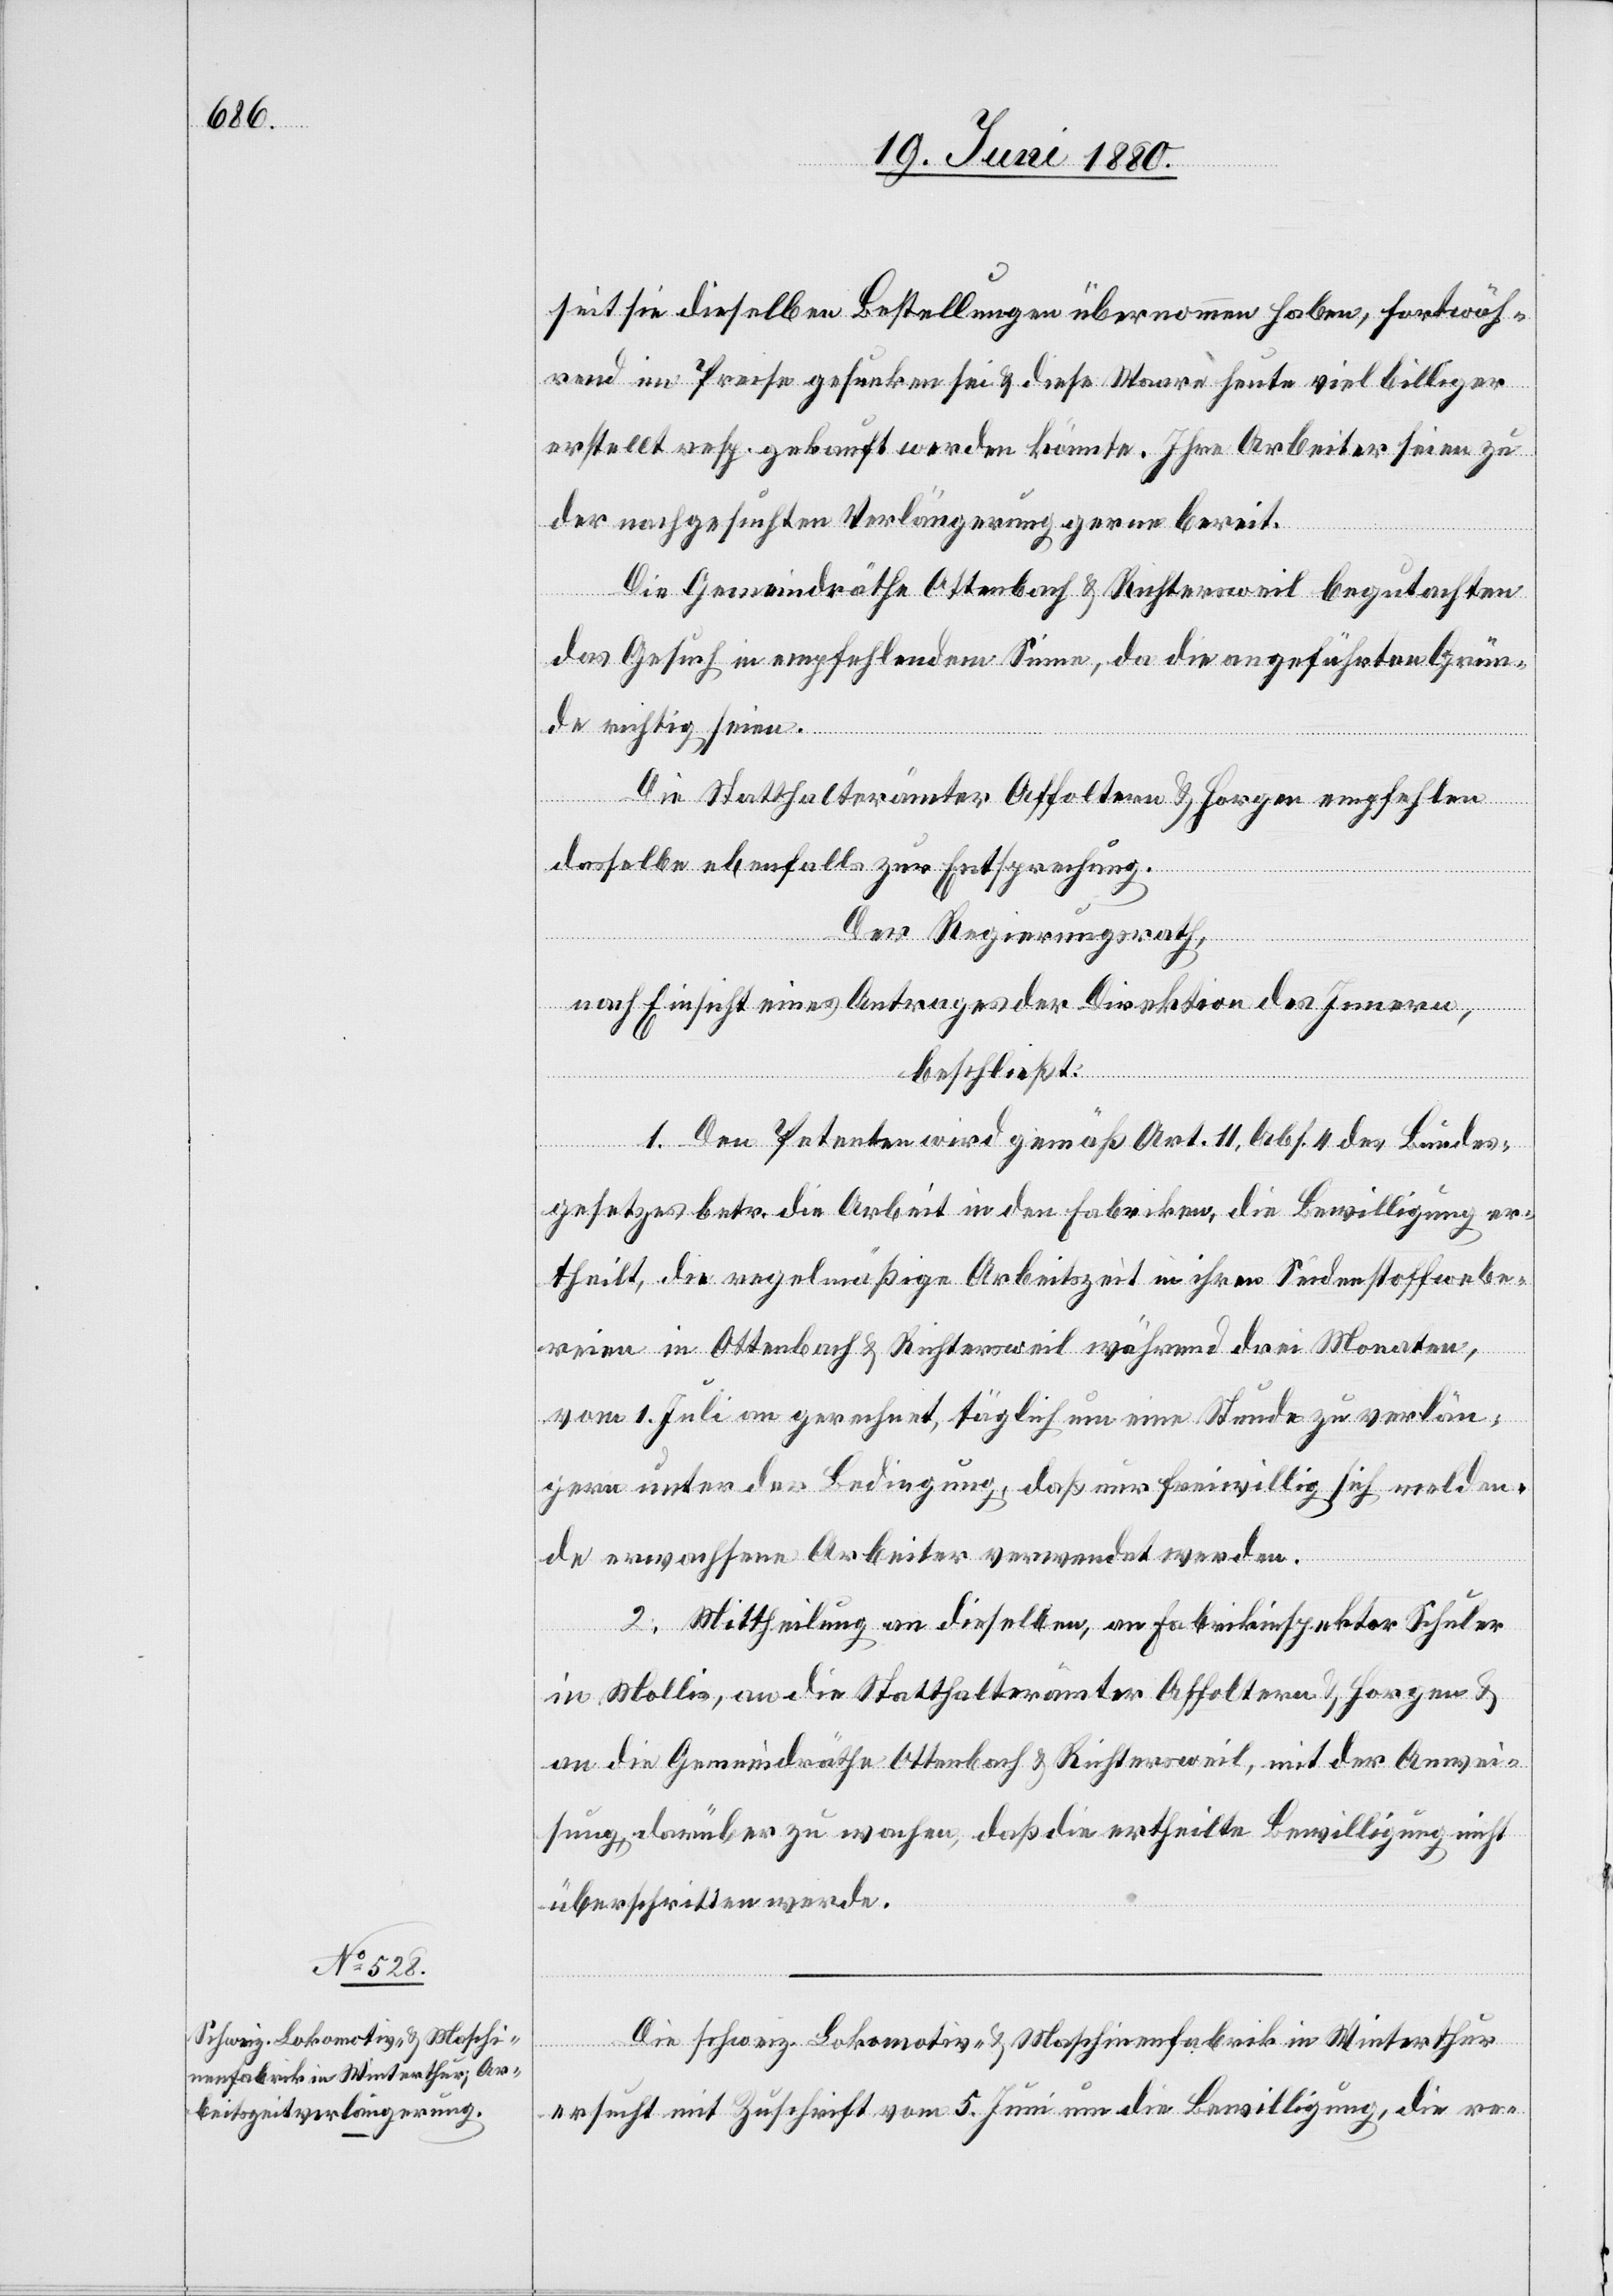
seit sie dieselben Bestellungen übernommen haben, fortwäh¬
rend im Preise gesunken sei & diese Waare heute viel billiger
erstellt resp. gekauft werden könnte. Ihre Arbeiter seien zu
der nachgesuchten Verlängerung gerne bereit.
Die Gemeindräthe Ottenbach & Richtersweil begutachten
das Gesuch in empfehlendem Sinne, da die angeführten Grün¬
de richtig seien.
Die Statthalterämter Affoltern & Horgen empfehlen
dasselbe ebenfalls zur Entsprechung.
Der Regierungsrath,
nach Einsicht eines Antrages der Direktion des Innern,
beschließt:
1. Den Petenten wird gemäß Art. 11, Abs. 4 des Bundes¬
gesetzes betr. die Arbeit in den Fabriken, die Bewilligung er¬
theilt, die regelmäßige Arbeitszeit in ihren Seidenstoffwebe¬
reien in Ottenbach & Richtersweil während drei Monaten,
vom 1. Juli an gerechnet, täglich um eine Stunde zu verlän¬
gern unter der Bedingung, daß nur freiwillig sich melden¬
de erwachsene Arbeiter verwendet werden.
2. Mittheilung an dieselben, an Fabrikinspektor Schuler
in Mollis, an die Statthalterämter Affoltern & Horgen &
an die Gemeindräthe Ottenbach & Richtersweil, mit der Anwei¬
sung, darüber zu wachen, daß die ertheilte Bewilligung nicht
überschritten werde.
Die schweiz. Lokomotiv- & Maschinenfabrik in Winterthur
ersucht mit Zuschrift vom 5. Juni um die Bewilligung, die re-